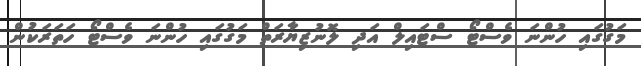
މަގުގައި ހުންނަ ވެސްޓޯ ސްޓައިލް އަދި ލޮނުޒިޔާރަތް މަގުގައި ހުންނަ ވެސްޓޯ ހަތަރަކުން